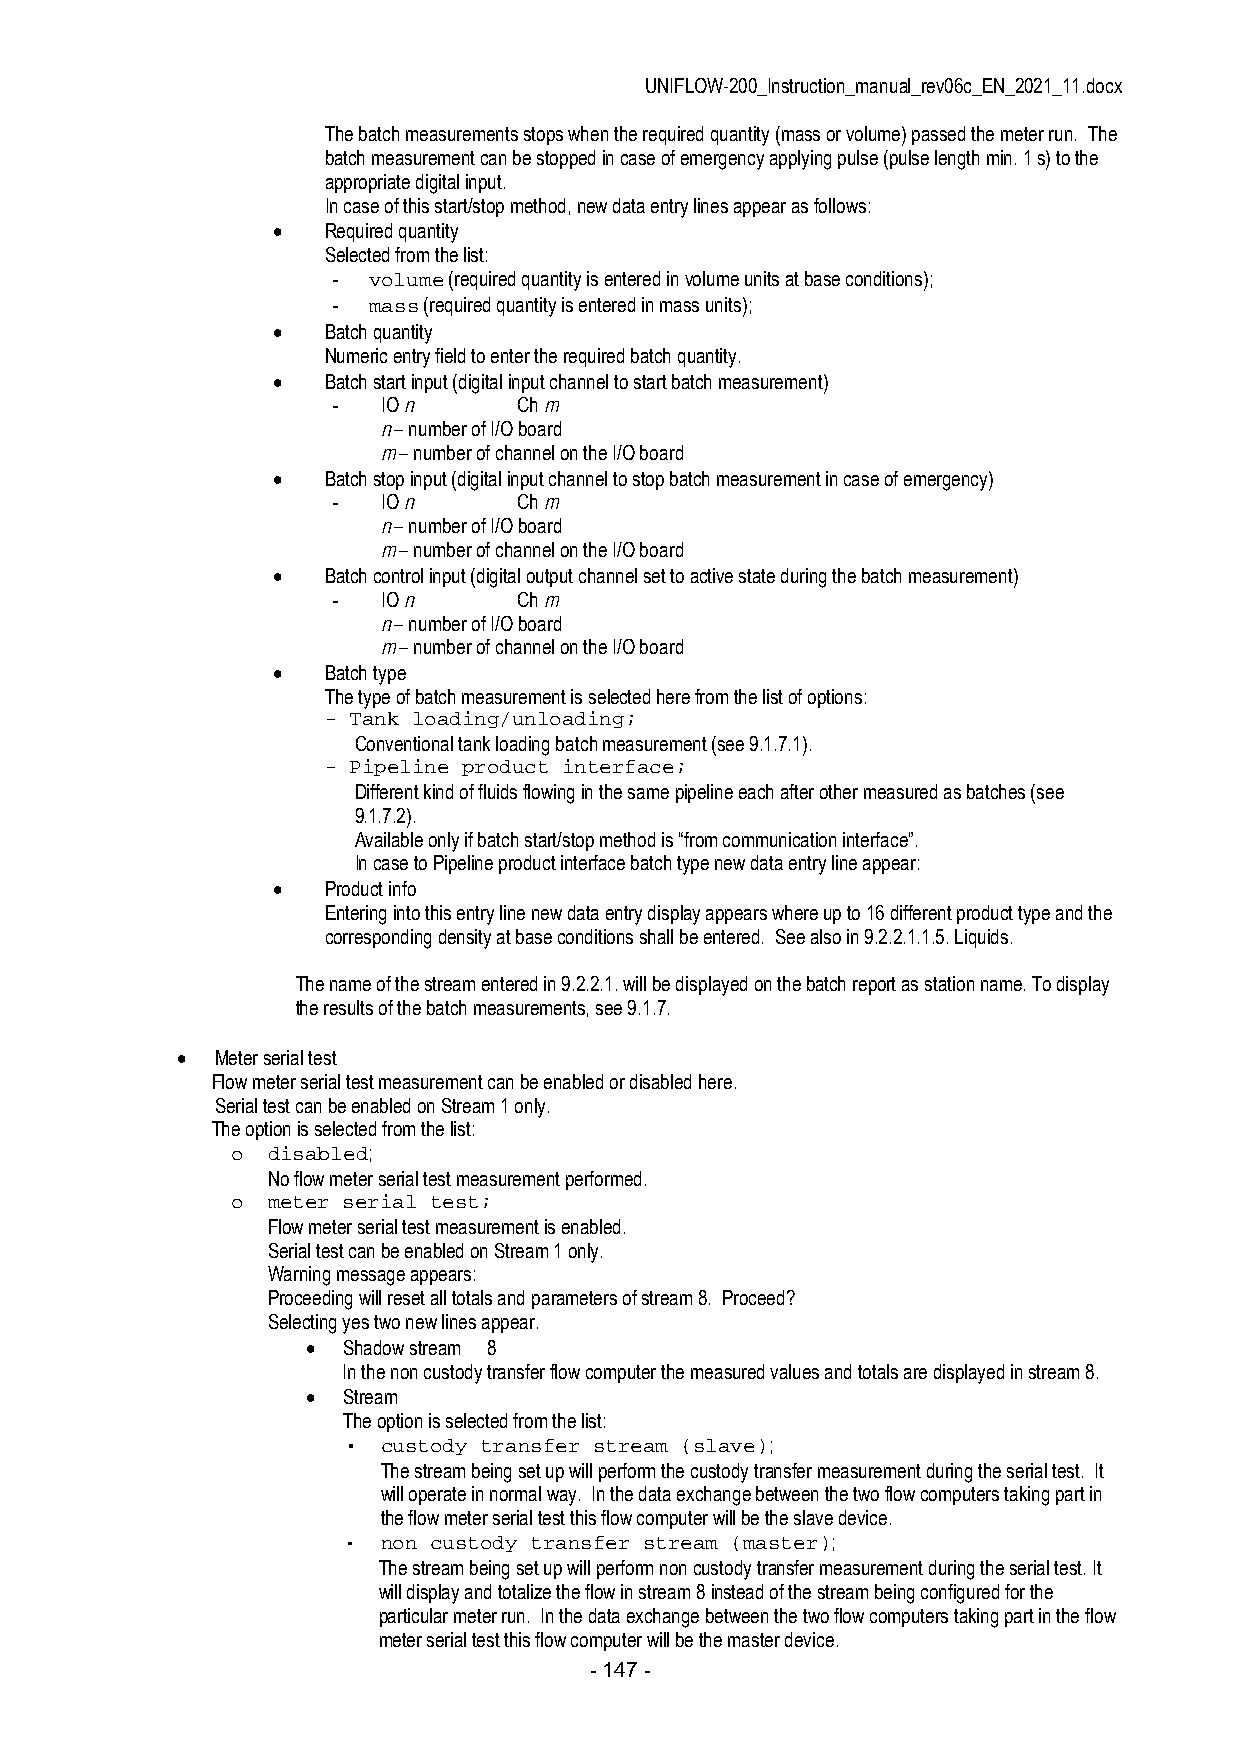
UNIFLOW-200_Instruction_manual_rev06c_EN_2021_11.docx
 The batch measurements stops when the required quantity (mass or volume) passed the meter run. The
 batch measurement can be stopped in case of emergency applying pulse (pulse length min. 1 s) to the
 appropriate digital input.
 In case of this start/stop method, new data entry lines appear as follows:
    Required quantity
 Selected from the list:
 - volume (required quantity is entered in volume units at base conditions);
 - mass (required quantity is entered in mass units);
    Batch quantity
 Numeric entry field to enter the required batch quantity.
    Batch start input (digital input channel to start batch measurement)
 -  IO n     Ch m
 n – number of I/O board
 m – number of channel on the I/O board
    Batch stop input (digital input channel to stop batch measurement in case of emergency)
 -  IO n     Ch m
 n – number of I/O board
 m – number of channel on the I/O board
    Batch control input (digital output channel set to active state during the batch measurement)
 -  IO n     Ch m
 n – number of I/O board
 m – number of channel on the I/O board
    Batch type
 The type of batch measurement is selected here from the list of options:
 - Tank loading/unloading;
 Conventional tank loading batch measurement (see 9.1.7.1).
 - Pipeline product interface;
 Different kind of fluids flowing in the same pipeline each after other measured as batches (see
 9.1.7.2).
 Available only if batch start/stop method is “from communication interface”.
 In case to Pipeline product interface batch type new data entry line appear:
    Product info
 Entering into this entry line new data entry display appears where up to 16 different product type and the
 corresponding density at base conditions shall be entered. See also in 9.2.2.1.1.5. Liquids.
 The name of the stream entered in 9.2.2.1. will be displayed on the batch report as station name. To display
 the results of the batch measurements, see 9.1.7.
  Meter serial test
 Flow meter serial test measurement can be enabled or disabled here.
 Serial test can be enabled on Stream 1 only.
 The option is selected from the list:
 o  disabled;
 No flow meter serial test measurement performed.
 o  meter serial test;
 Flow meter serial test measurement is enabled.
 Serial test can be enabled on Stream 1 only.
 Warning message appears:
 Proceeding will reset all totals and parameters of stream 8. Proceed?
 Selecting yes two new lines appear.
   Shadow stream 8
 In the non custody transfer flow computer the measured values and totals are displayed in stream 8.
   Stream
 The option is selected from the list:
 ▪ custody transfer stream (slave);
 The stream being set up will perform the custody transfer measurement during the serial test. It
 will operate in normal way. In the data exchange between the two flow computers taking part in
 the flow meter serial test this flow computer will be the slave device.
 ▪ non custody transfer stream (master);
 The stream being set up will perform non custody transfer measurement during the serial test. It
 will display and totalize the flow in stream 8 instead of the stream being configured for the
 particular meter run. In the data exchange between the two flow computers taking part in the flow
 meter serial test this flow computer will be the master device.
 - 147 -